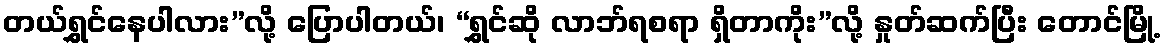
တယ်ရွှင်နေပါလား”လို့ ပြောပါတယ်၊ “ရွှင်ဆို လာဘ်ရစရာ ရှိတာကိုး”လို့ နှုတ်ဆက်ပြီး တောင်မြို့